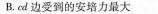
B. cd 边受到的安培力最大